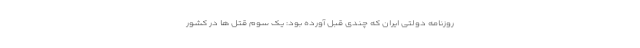
روزنامه دولتی ایران که چندی قبل آورده بود: یک سوم قتل ها در کشور